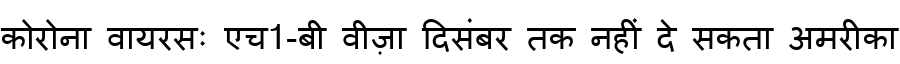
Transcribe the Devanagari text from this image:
कोरोना वायरसः एच1-बी वीज़ा दिसंबर तक नहीं दे सकता अमरीका